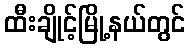
ထီးချိုင့်မြို့နယ်တွင်